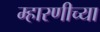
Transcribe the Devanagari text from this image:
म्हारणीच्या